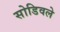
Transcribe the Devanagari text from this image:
सोडिवले